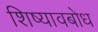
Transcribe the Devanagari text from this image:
शिष्यावबोध